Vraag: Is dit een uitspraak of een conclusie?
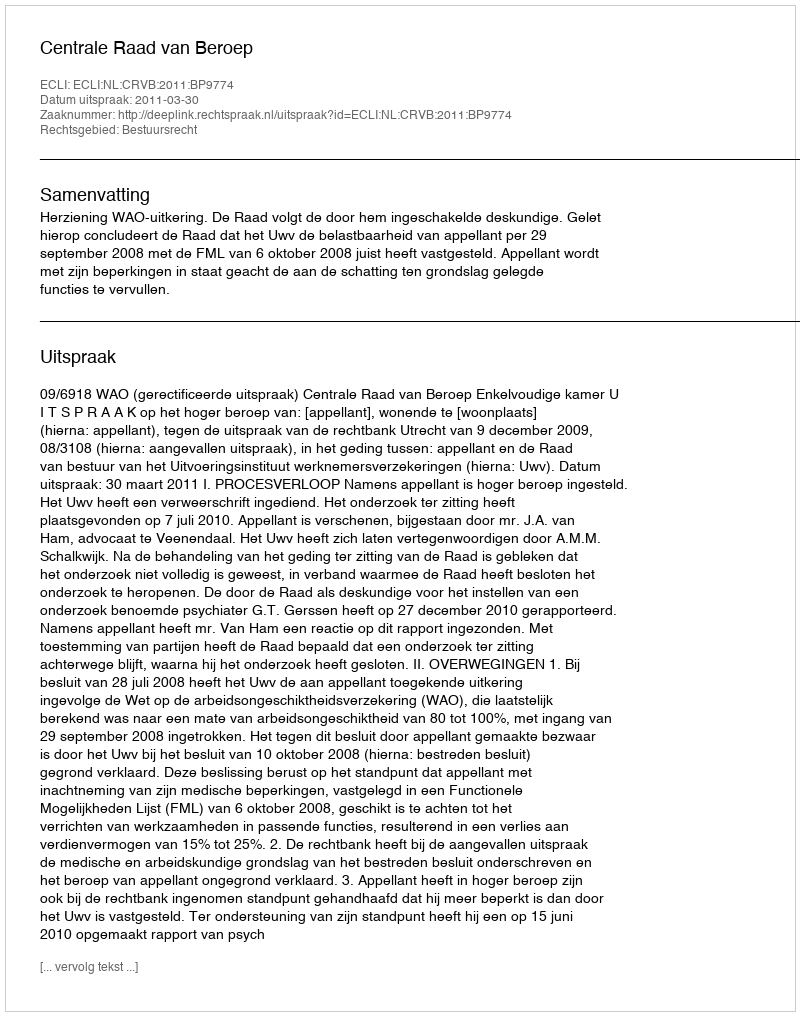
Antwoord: Uitspraak